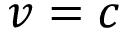
v = c